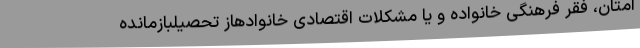
امتان، فقر فرهنگی خانواده و یا مشکلات اقتصادی خانوادهاز تحصیلبازمانده